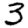
Digit: 3